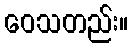
ဝေသတည်း။